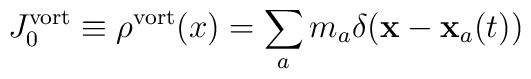
J_0^{\rm vort} \equiv \rho^{\rm vort} (x) =\sum_a m_a \delta ({\bf x-x}_a(t))